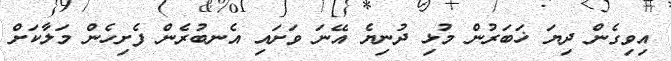
އިވިގެން ދިޔަ ޚަބަރުން މުޅި ދުނިޔެ އޭނަ ވަށައި އެނބުރެން ފެށިހެން މަލާކަށް